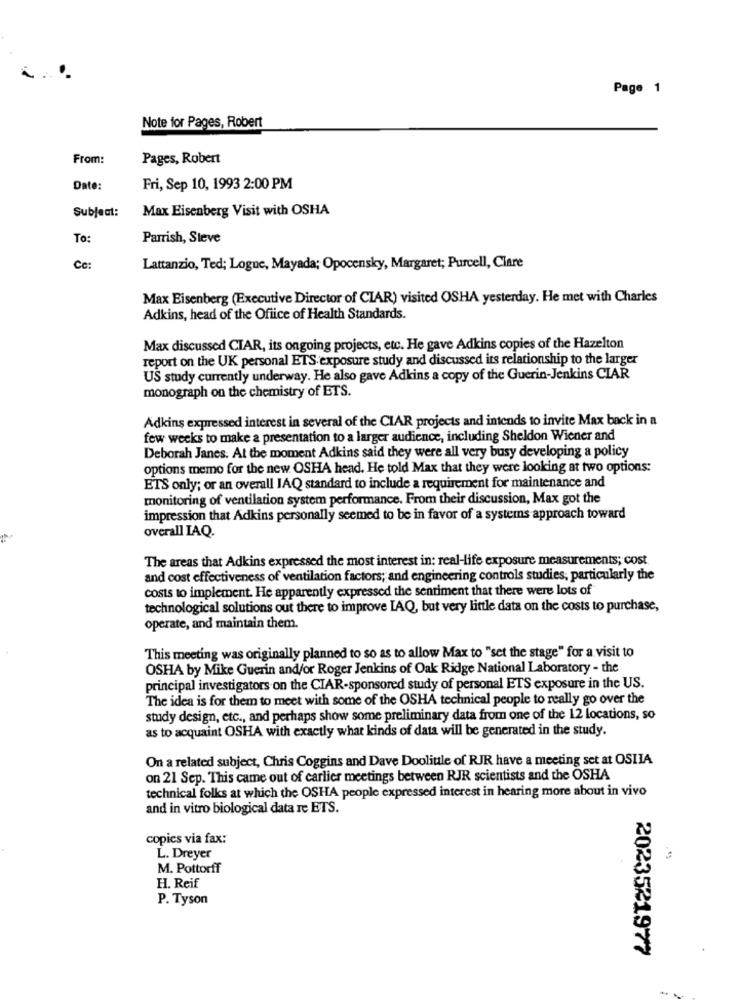
Page 1
Note for Pages, Robert
From:
Pages, Robert
Date:
Fri, Sep 10, 1993 2:00 PM
Subject:
Max Eisenberg Visit with OSHA
To:
Parrish, Steve
Cc:
Lattanzio, Ted; Logue, Mayada; Opocensky, Margaret; Purcell, Clare
Max Eisenberg (Executive Director of CIAR) visited OSHA yesterday. He met with Charles
Adkins, head of the Office of Health Standards.
Max discussed CIAR, its ongoing projects, etc. He gave Adkins copies of the Hazelton
report on the UK personal ETS exposure study and discussed its relationship to the larger
US study currently underway. He also gave Adkins a copy of the Guerin-Jenkins CIAR
monograph on the chemistry of ETS.
Adkins expressed interest in several of the CIAR projects and intends to invite Max back in a
few weeks to make a presentation to a larger audience, including Sheldon Wiener and
Deborah Janes. At the moment Adkins said they were all very busy developing a policy
options memo for the new OSHA head. He told Max that they were looking at two options:
ETS only; or an overall IAQ standard to include a requirement for maintenance and
monitoring of ventilation system performance. From their discussion, Max got the
impression that Adkins personally seemed to be in favor of a systems approach toward
overall IAQ.
The areas that Adkins expressed the most interest in: real-life exposure measurements; cost
and cost effectiveness of ventilation factors; and engineering controls studies, particularly the
costs to implement. He apparently expressed the sentiment that there were lots of
technological solutions out there to improve LAQ, but very little data on the costs to purchase,
operate, and maintain them.
This meeting was originally planned to so as to allow Max to "set the stage" for a visit to
OSHA by Mike Guerin and/or Roger Jenkins of Oak Ridge National Laboratory - the
principal investigators on the CIAR-sponsored study of personal ETS exposure in the US.
The idea is for them to meet with some of the OSHA technical people to really go over the
study design, etc ., and perhaps show some preliminary data from one of the 12 locations, so
as to acquaint OSHA with exactly what kinds of data will be generated in the study.
On a related subject, Chris Coggins and Dave Doolittle of RJR have a meeting set at OSIIA
on 21 Sep. This came out of carlier meetings between RJR scientists and the OSHA
technical folks at which the OSHA people expressed interest in hearing more about in vivo
and in vitro biological data re ETS.
copies via fax:
L. Dreyer
M. Pottorff
H. Reif
P. Tyson
2023521977